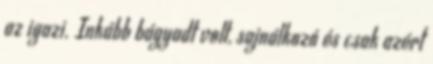
az igazi. Inkább bágyadt volt, sajnálkozó és csak azért